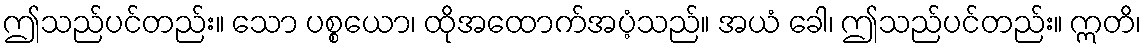
ဤသည်ပင်တည်း။ သော ပစ္စယော၊ ထိုအထောက်အပံ့သည်။ အယံ ခေါ၊ ဤသည်ပင်တည်း။ ဣတိ၊